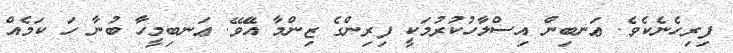
ފިރިހެނެކެވެ. ޢަނބިން އިސްލާހުކުރުމަކީ ފިރިންގެ ޒިންމާ އޭެވޭ. ޢަނބިމީހާ ބުނާ ހަ ކަމެއް